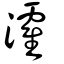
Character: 瀖